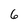
Character: 6